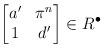
LaTeX: \begin{align*} \begin{bmatrix} a' & \pi^n \\ 1 & d' \end{bmatrix} \in R^\bullet \end{align*}